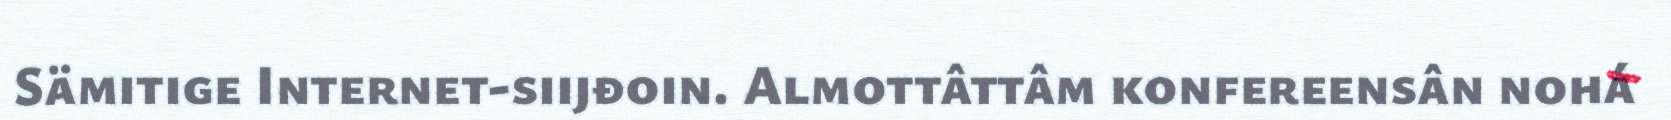
Sämitige Internet-siijđoin. Almottâttâm konfereensân nohá